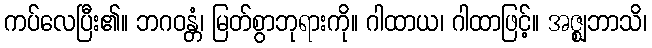
ကပ်လေပြီး၏။ ဘဂဝန္တံ၊ မြတ်စွာဘုရားကို။ ဂါထာယ၊ ဂါထာဖြင့်။ အဇ္ဈဘာသိ၊